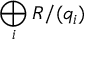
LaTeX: \bigoplus _ { i } R / ( q _ { i } )